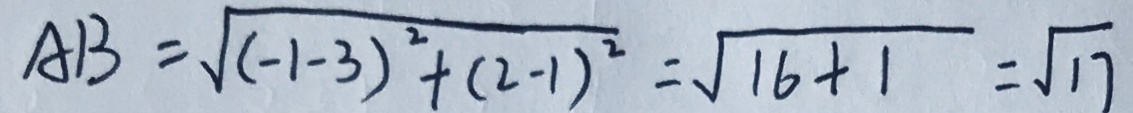
A B = \sqrt { ( - 1 - 3 ) ^ { 2 } + ( 2 - 1 ) ^ { 2 } } = \sqrt { 1 6 + 1 } = \sqrt { 1 7 }